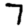
Digit: 7